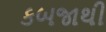
કબજાથી